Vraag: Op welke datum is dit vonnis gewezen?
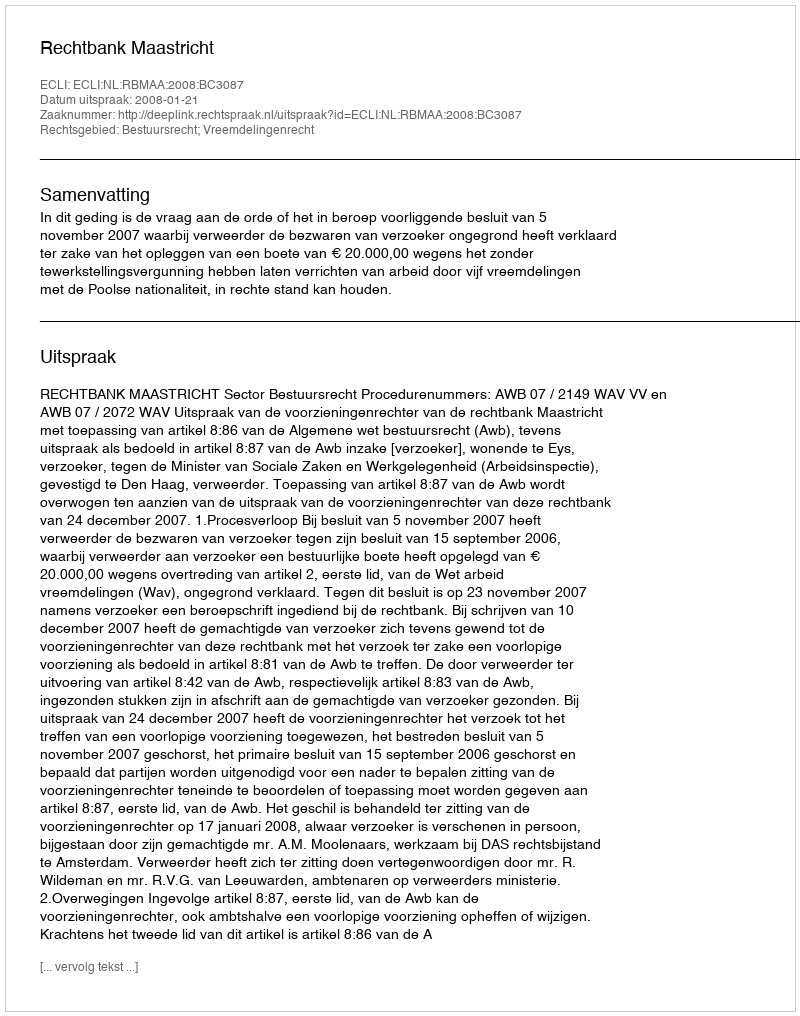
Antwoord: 2008-01-21